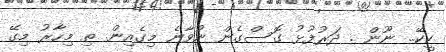
ކީކޭ.. ނޫން . ދަރުފުޅު ގޮސްގެން ނުވާނެ މިގެއިން. ތި މިހާރު މިގޭ